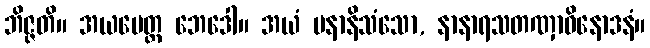
ဘိဇ္ဇတိ။ အယမေတ္ထ ဘေဒေါ။ အယံ ပနာနိသံသော, နာနာရသတဏှာဝိနောဒနံ။